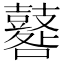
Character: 鼛